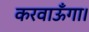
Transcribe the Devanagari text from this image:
करवाऊँगा।